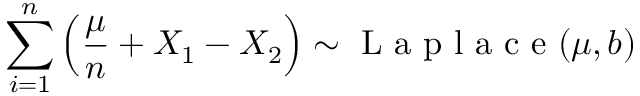
\sum _ { i = 1 } ^ { n } \left( { \frac { \mu } { n } } + X _ { 1 } - X _ { 2 } \right) \sim { \textrm { L a p l a c e } } ( \mu , b )